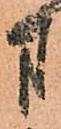
方